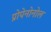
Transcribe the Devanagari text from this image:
प्रोपेनोनोल